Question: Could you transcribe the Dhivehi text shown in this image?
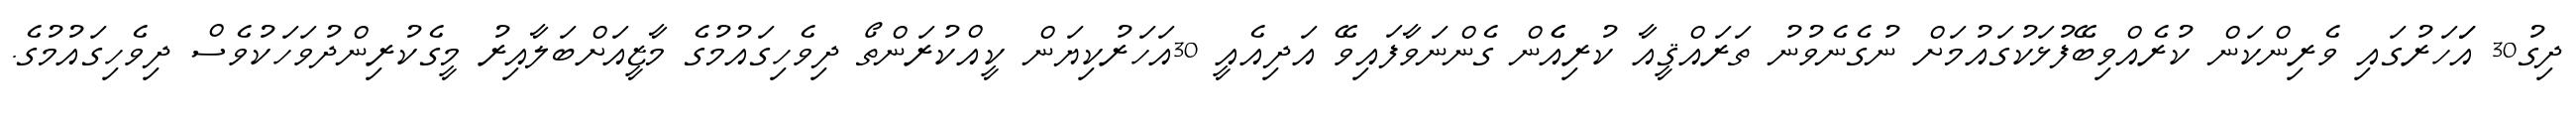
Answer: ދިގު30 އަަހަރުގައި ވެރިންކަން ކުރެއްވިބޭފުޅަކުގައުމަށް ނުގެނެވުނު ތަރައްޤީއާ ކުރިއެެން ގެންނަވާފައިވޭ އަދިއެއީ 30އަހަރުކިޔަން ކީއްކުރަންތޯ ދިވެހިގައުމުގެ މާޒީއަށްބަލާއިރު މީގެކުރިންދުވަހަކުވެސް ދިވެހިގައުމުގެ.